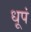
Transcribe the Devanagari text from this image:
धूपं